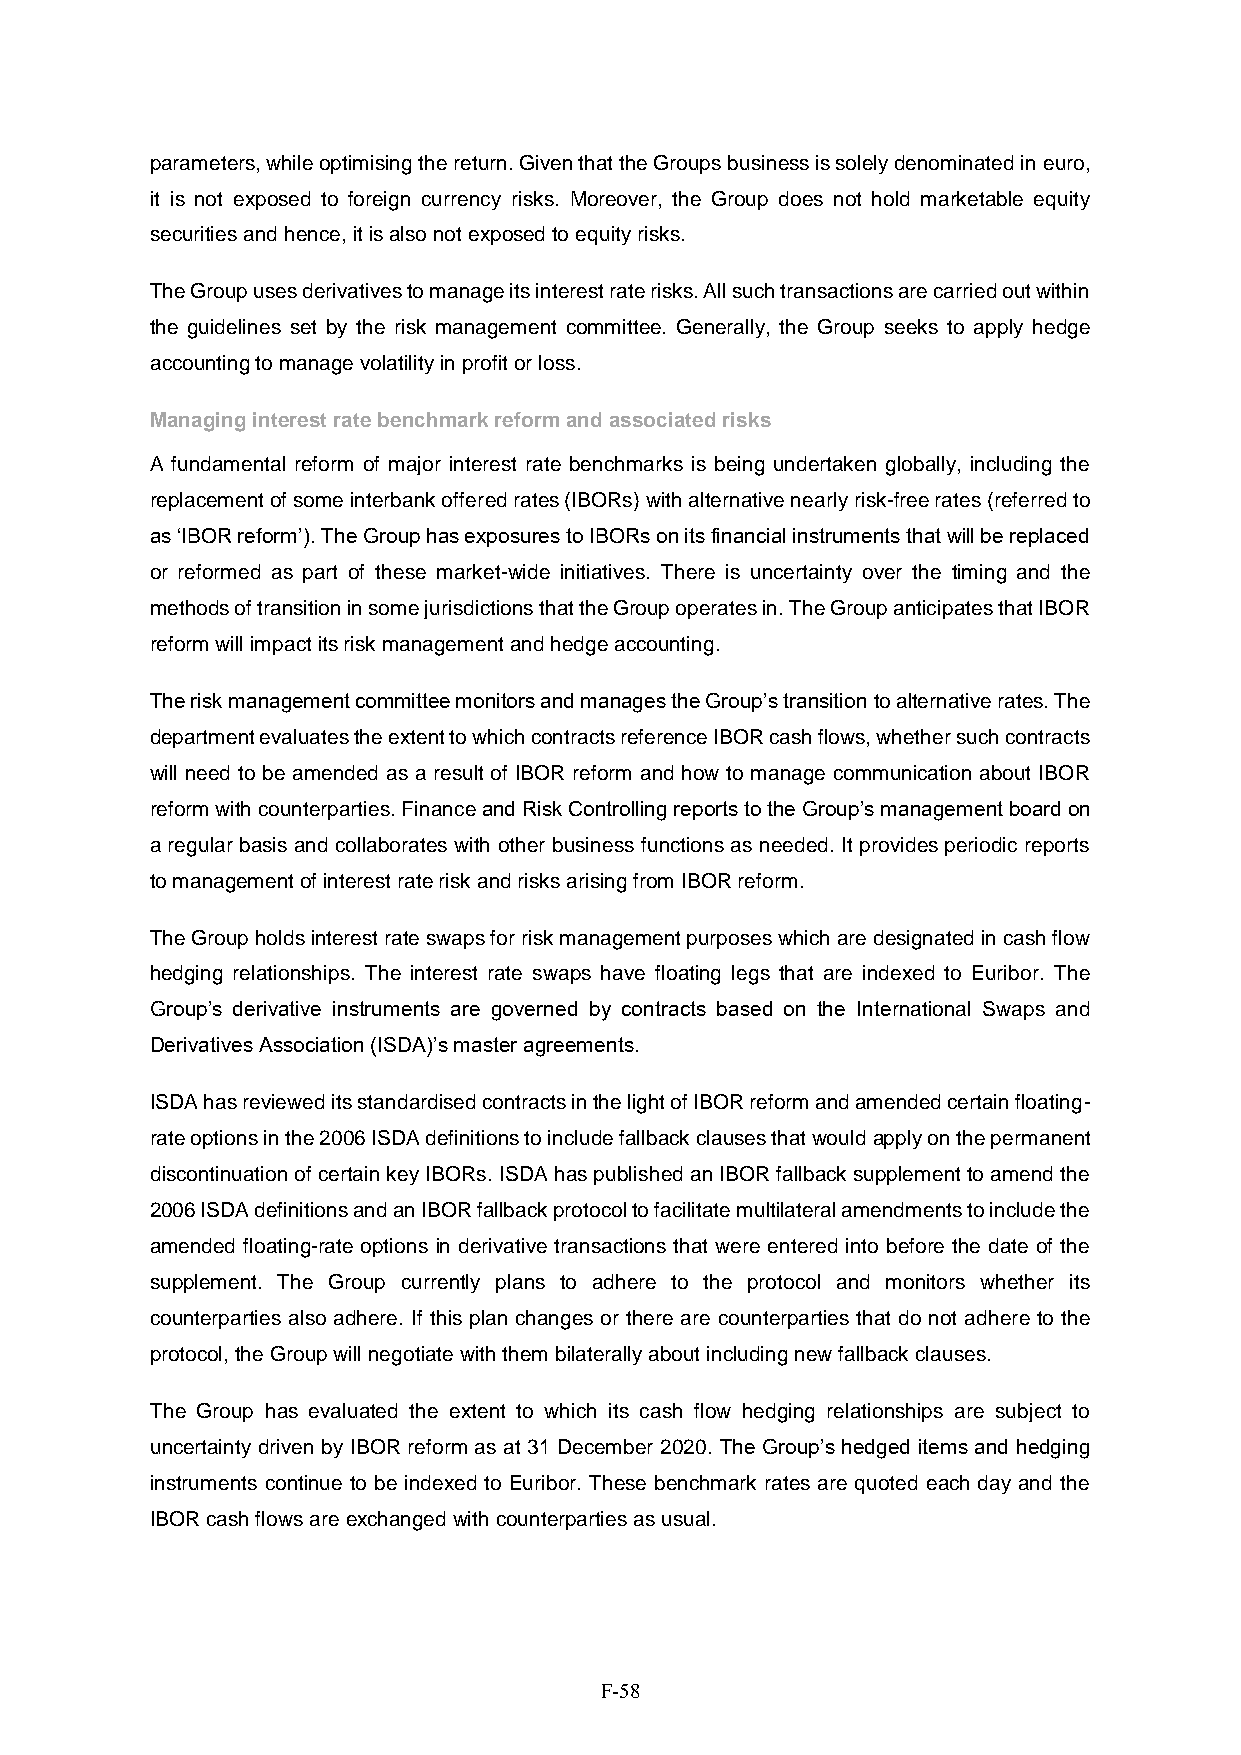
parameters, while optimising the return. Given that the Groups business is solely denominated in euro,
 it is not exposed to foreign currency risks. Moreover, the Group does not hold marketable equity
 securities and hence, it is also not exposed to equity risks.
 The Group uses derivatives to manage its interest rate risks. All such transactions are carried out within
 the guidelines set by the risk management committee. Generally, the Group seeks to apply hedge
 accounting to manage volatility in profit or loss.
 Managing interest rate benchmark reform and associated risks
 A fundamental reform of major interest rate benchmarks is being undertaken globally, including the
 replacement of some interbank offered rates (IBORs) with alternative nearly risk-free rates (referred to
 as ‘IBOR reform’). The Group has exposures to IBORs on its financial instruments that will be replaced
 or reformed as part of these market-wide initiatives. There is uncertainty over the timing and the
 methods of transition in some jurisdictions that the Group operates in. The Group anticipates that IBOR
 reform will impact its risk management and hedge accounting.
 The risk management committee monitors and manages the Group’s transition to alternative rates. The
 department evaluates the extent to which contracts reference IBOR cash flows, whether such contracts
 will need to be amended as a result of IBOR reform and how to manage communication about IBOR
 reform with counterparties. Finance and Risk Controlling reports to the Group’s management board on
 a regular basis and collaborates with other business functions as needed. It provides periodic reports
 to management of interest rate risk and risks arising from IBOR reform.
 The Group holds interest rate swaps for risk management purposes which are designated in cash flow
 hedging relationships. The interest rate swaps have floating legs that are indexed to Euribor. The
 Group’s derivative instruments are governed by contracts based on the International Swaps and
 Derivatives Association (ISDA)’s master agreements.
 ISDA has reviewed its standardised contracts in the light of IBOR reform and amended certain floating-
 rate options in the 2006 ISDA definitions to include fallback clauses that would apply on the permanent
 discontinuation of certain key IBORs. ISDA has published an IBOR fallback supplement to amend the
 2006 ISDA definitions and an IBOR fallback protocol to facilitate multilateral amendments to include the
 amended floating-rate options in derivative transactions that were entered into before the date of the
 supplement. The Group currently plans to adhere to the protocol and monitors whether its
 counterparties also adhere. If this plan changes or there are counterparties that do not adhere to the
 protocol, the Group will negotiate with them bilaterally about including new fallback clauses.
 The Group has evaluated the extent to which its cash flow hedging relationships are subject to
 uncertainty driven by IBOR reform as at 31 December 2020. The Group’s hedged items and hedging
 instruments continue to be indexed to Euribor. These benchmark rates are quoted each day and the
 IBOR cash flows are exchanged with counterparties as usual.
 F-58